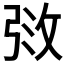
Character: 𫾰